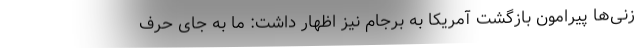
زنی‌ها پیرامون بازگشت آمریکا به برجام نیز اظهار داشت: ما به جای حرف